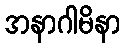
အနာဂါမိနာ